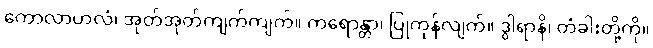
ကောလာဟလံ၊ အုတ်အုတ်ကျက်ကျက်။ ကရောန္တာ၊ ပြုကုန်လျက်။ ဒွါရာနိ၊ တံခါးတို့ကို။